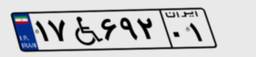
۱۷W۶۹۲۰۱